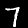
Label: 7